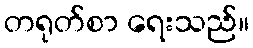
တရုတ်စာ ရေးသည်။